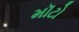
મૉટો